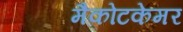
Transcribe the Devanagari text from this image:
मैकोटकेमर